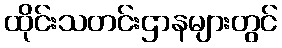
ထိုင်းသတင်းဌာနများတွင်